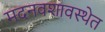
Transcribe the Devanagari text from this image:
मदनवशावस्थेत